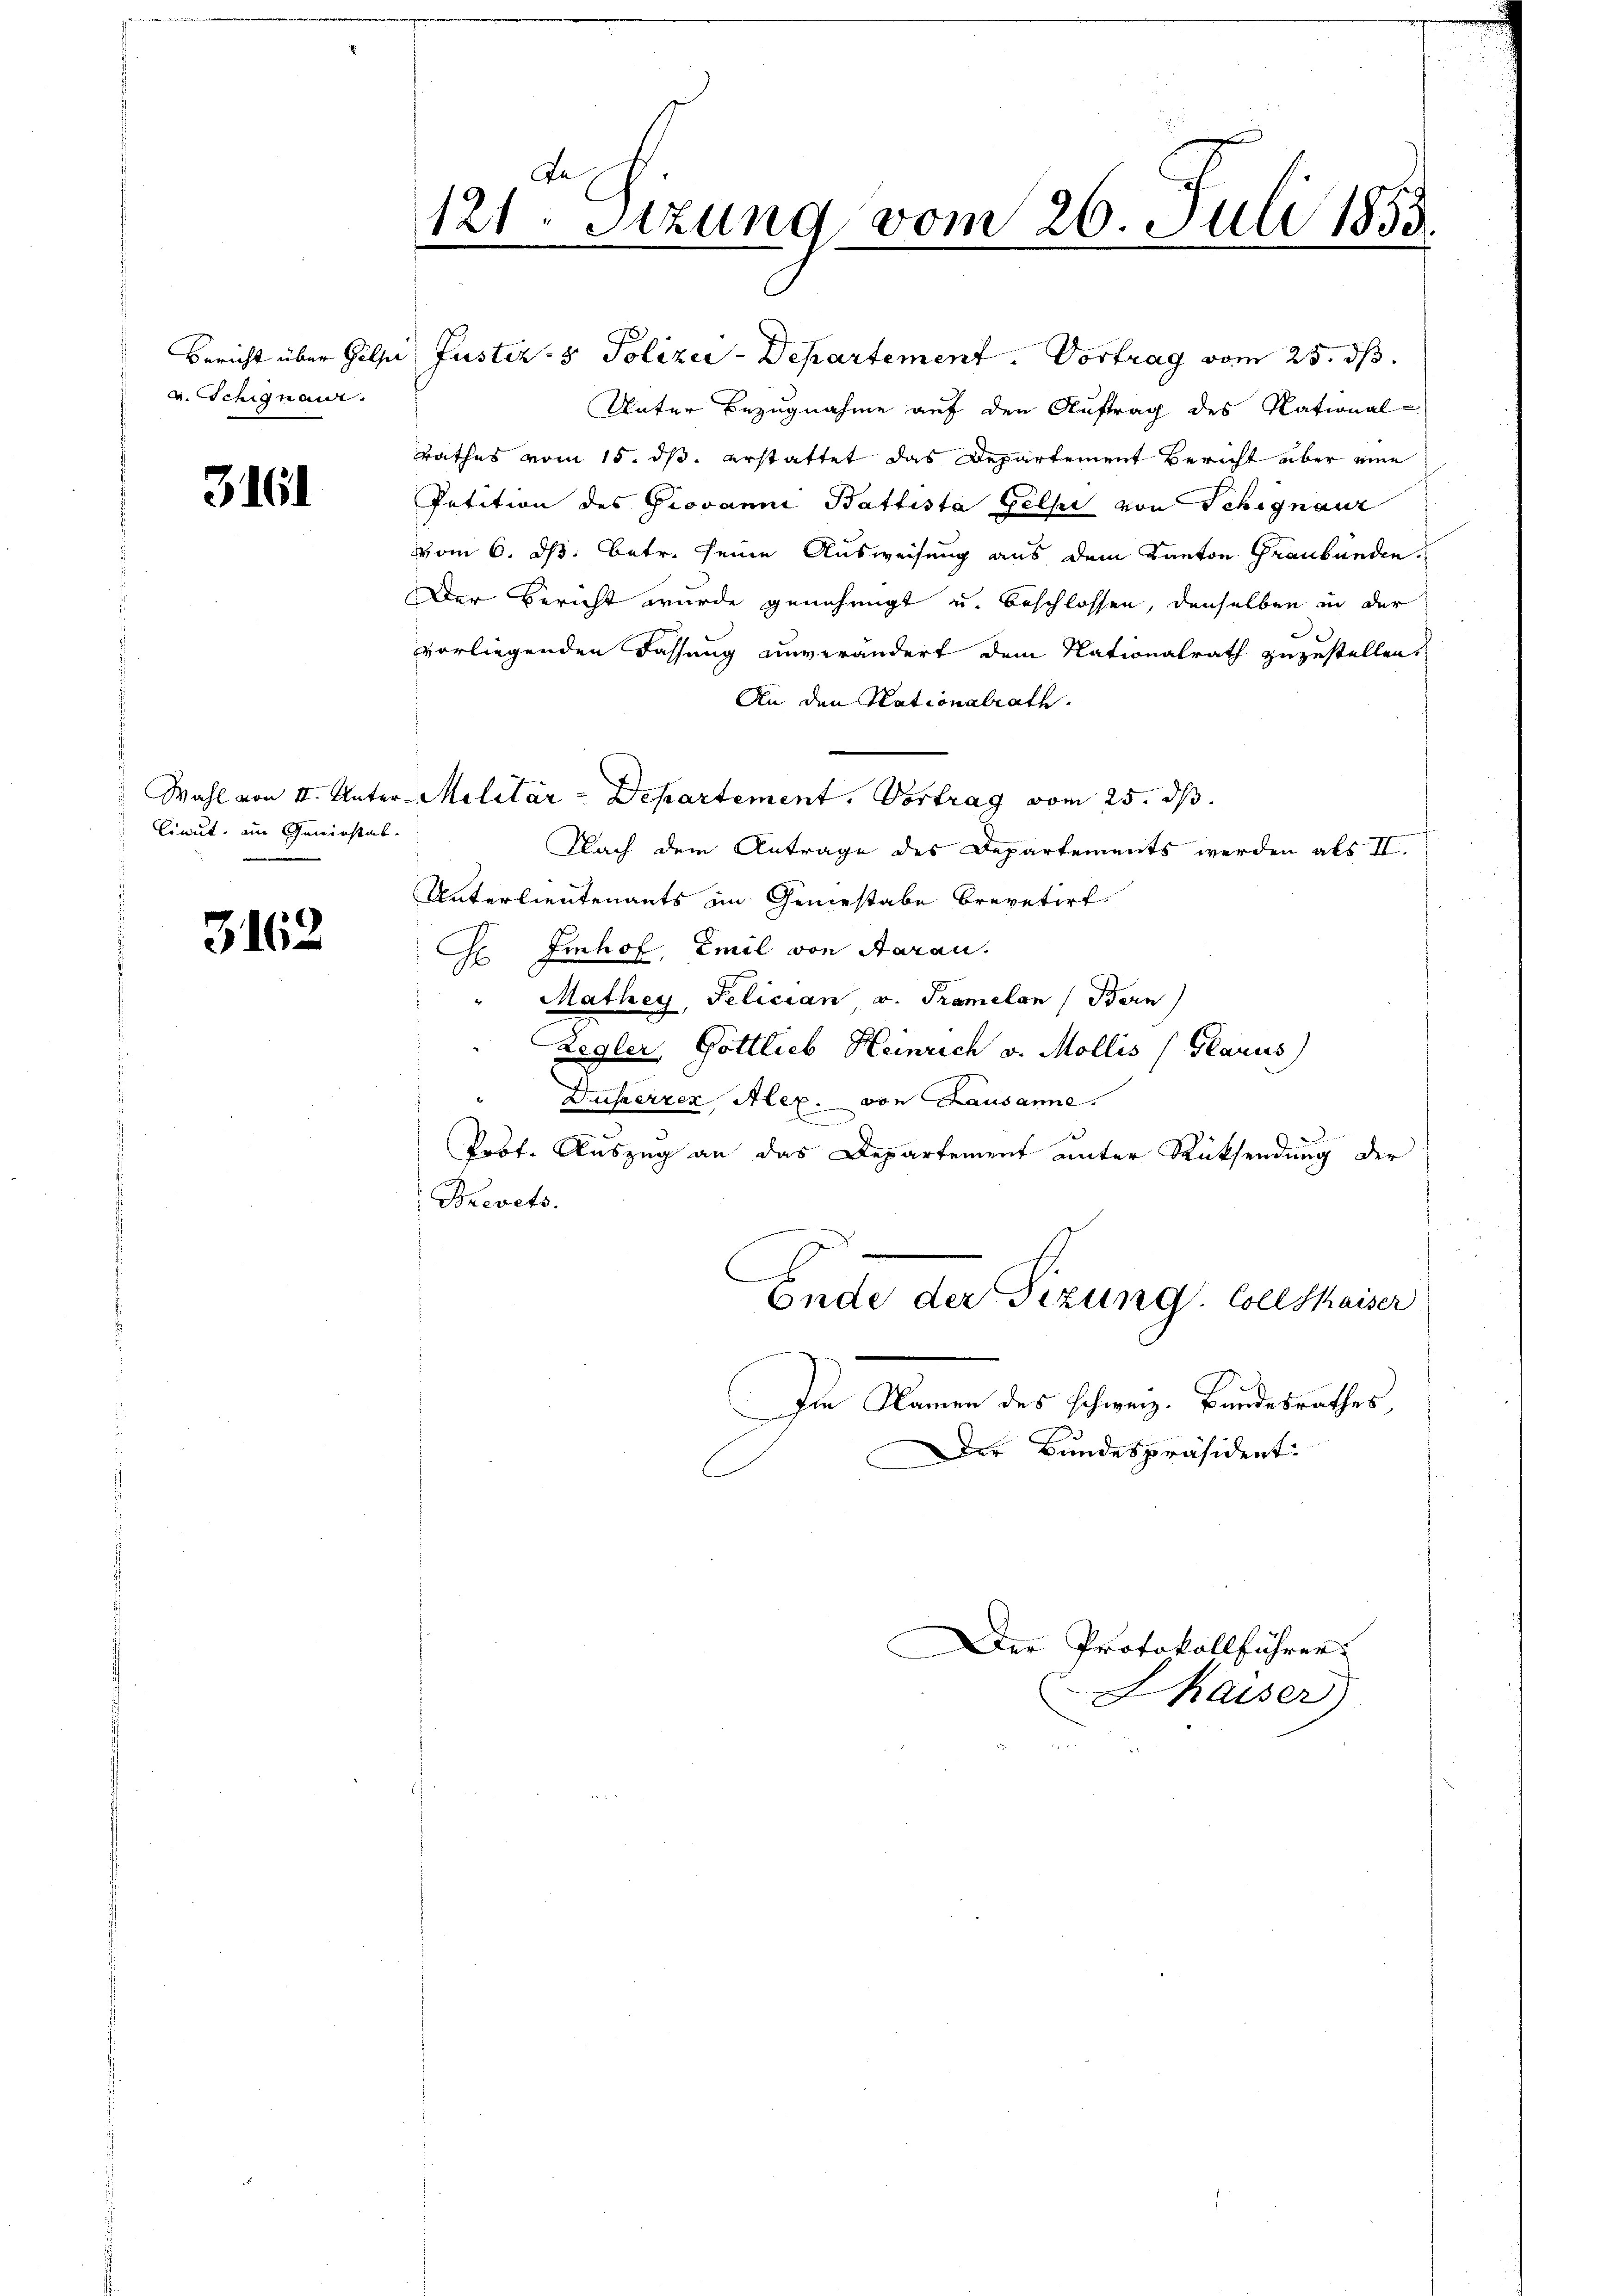
Bericht über Gelze
v. Schignan.

3161

Cinnt, im Geniestab.
d

3162

121. Sitzung vom 26. Juli 1853.

Justiz- & Polizei-Departement. Vortrag vom 25. ds.
Unter Bezugnahme auf den Auftrag des National-
rathes vom 15. ds. erstattet das Departement Bericht über eine
Petition des Giovanni Battista Gelpe von Schinaur
vom 6. ds. betr. seine Ausweisung aus dem Kanton Graubünden.
Der Bericht wurde genehmigt u. beschlossen, denselben in der
vorliegenden Fassung unverändert dem Nationalrath zuzustellen,
An den Nationalrath.
Wahl von II. Unter-Militär-Departement. Vortrag vom 25. ds.
Nach dem Antrage des Departements werden als II.
Unterlieutenants an Geniestabe Brevetirt.
Einhof, Emil von Saran.
E
Mathey, Felician v. Tramelan (Bern
Zegler, Gottlieb Heinrich v. Mollis (Glarus)
Duherren Alex. von Lausanne.
Prof. Auszug an das Departement unter Rücksendung der
Brevets.
Ende der Sizung. Collshaiser
Im Namen des schweiz. Bandesrathes,
Der Bundespräsident.
Der Protokollführer
Hhaiser